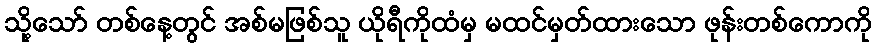
သို့သော် တစ်နေ့တွင် အစ်မဖြစ်သူ ယိုရီကိုထံမှ မထင်မှတ်ထားသော ဖုန်းတစ်ကောကို